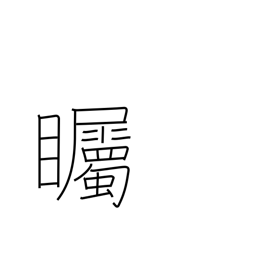
Meaning: look intently